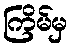
ကြိမ်မှ